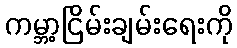
ကမ္ဘာ့ငြိမ်းချမ်းရေးကို